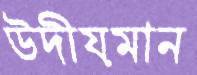
উদীয়মান